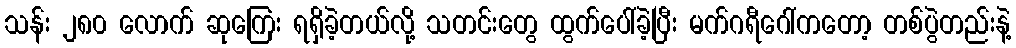
သန်း ၂၈၀ လောက် ဆုကြေး ရရှိခဲ့တယ်လို့ သတင်းတွေ ထွက်ပေါ်ခဲ့ပြီး မက်ဂရီဂေါ်ကတော့ တစ်ပွဲတည်းနဲ့